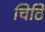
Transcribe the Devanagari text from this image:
चिठि